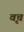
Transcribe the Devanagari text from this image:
वृच